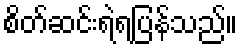
စိတ်ဆင်းရဲရပြန်သည်။